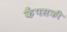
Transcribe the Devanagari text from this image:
कैंपसकी